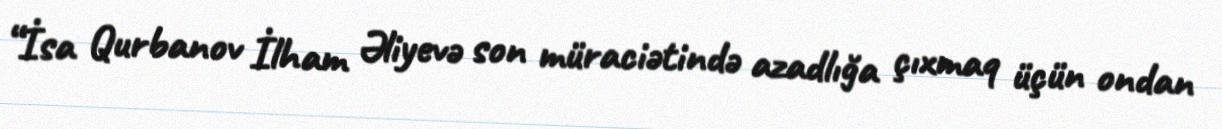
“İsa Qurbanov İlham Əliyevə son müraciətində azadlığa çıxmaq üçün ondan